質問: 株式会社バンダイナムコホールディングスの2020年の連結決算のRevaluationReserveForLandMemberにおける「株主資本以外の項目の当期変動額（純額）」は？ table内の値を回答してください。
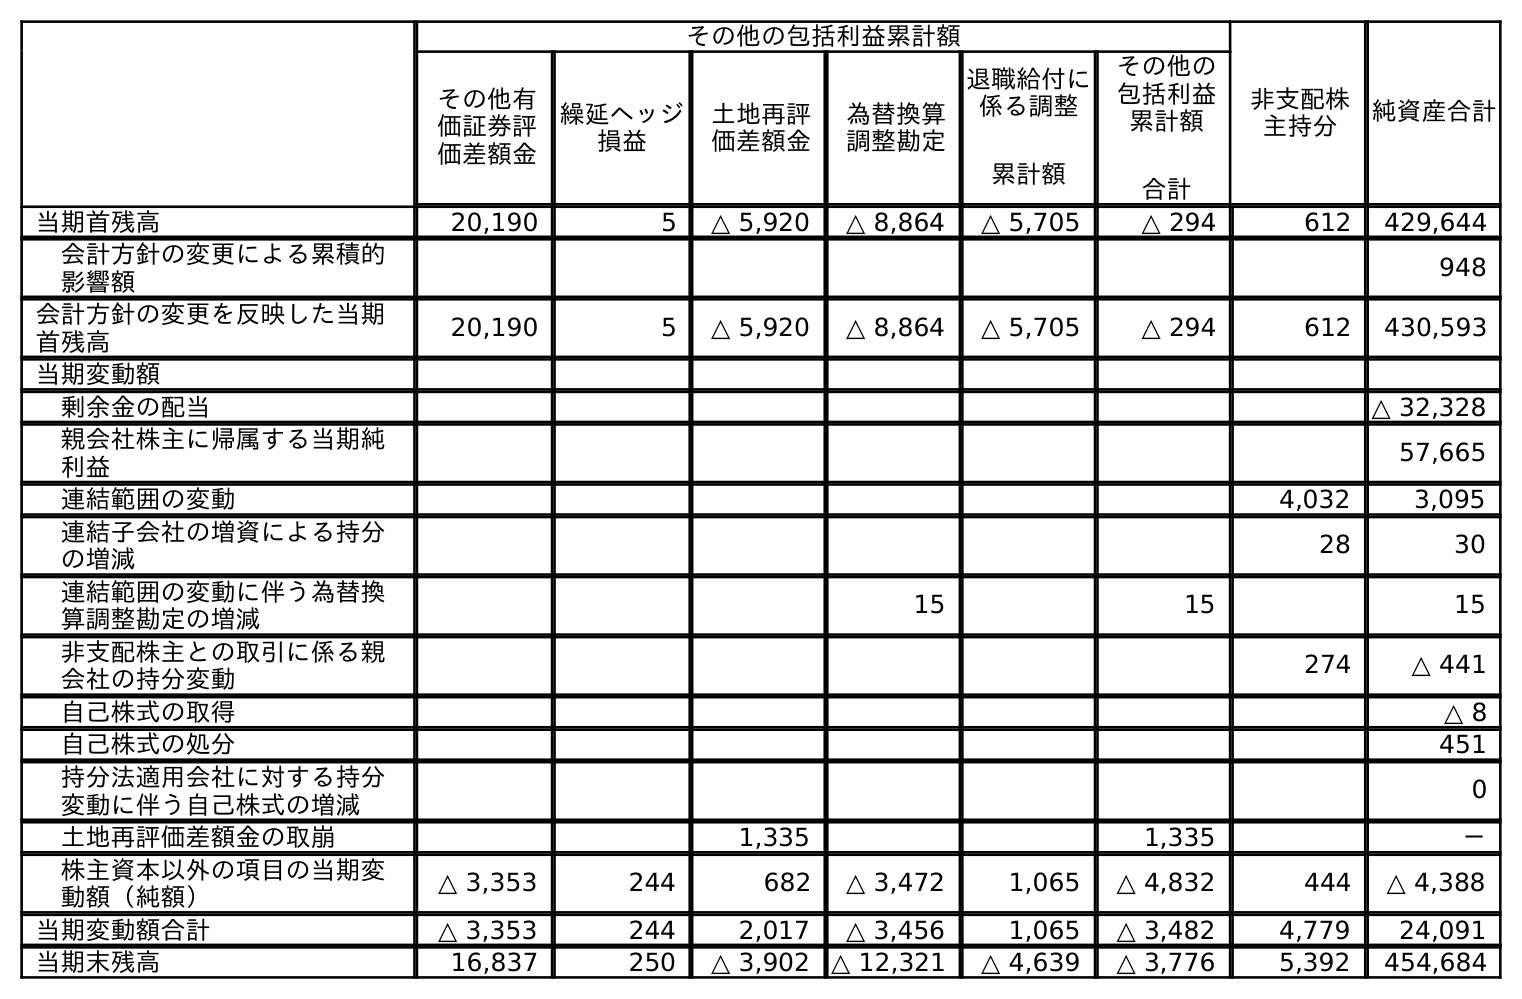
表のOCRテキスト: その他の包括利益累計額 非支配株 主持分 純資産合計 その他有 価証券評 価差額金 繰延ヘッジ 損益 土地再評 価差額金 為替換算 調整勘定 退職給付に 係る調整 累計額 その他の 包括利益 累計額 合計 当期首残高 20,190 5 △ 5,920 △ 8,864 △ 5,705 △ 294 612 429,644 会計方針の変更による累積的 影響額 948 会計方針の変更を反映した当期 首残高 20,190 5 △ 5,920 △ 8,864 △ 5,705 △ 294 612 430,593 当期変動額 剰余金の配当 △ 32,328 親会社株主に帰属する当期純 利益 57,665 連結範囲の変動 4,032 3,095 連結子会社の増資による持分 の増減 28 30 連結範囲の変動に伴う為替換 算調整勘定の増減 15 15 15 非支配株主との取引に係る親 会社の持分変動 274 △ 441 自己株式の取得 △ 8 自己株式の処分 451 持分法適用会社に対する持分 変動に伴う自己株式の増減 0 土地再評価差額金の取崩 1,335 1,335 － 株主資本以外の項目の当期変 動額（純額） △ 3,353 244 682 △ 3,472 1,065 △ 4,832 444 △ 4,388 当期変動額合計 △ 3,353 244 2,017 △ 3,456 1,065 △ 3,482 4,779 24,091 当期末残高 16,837 250 △ 3,902 △ 12,321 △ 4,639 △ 3,776 5,392 454,684
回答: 682